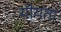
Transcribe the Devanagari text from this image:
योयता